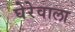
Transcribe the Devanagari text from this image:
घेरेवाला